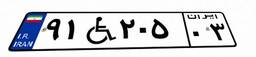
۹۱W۲۰۵۰۳